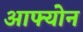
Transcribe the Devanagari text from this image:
आफ्योन